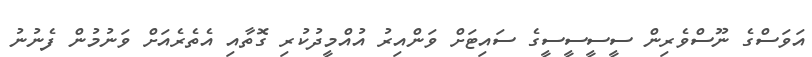
އަވަސްގެ ނޫސްވެރިން ސީސީސީސީގެ ސައިޓަށް ވަންއިރު އުއްމީދުކުރި ގޮތާއި އެތެރެއަށް ވަނުމުން ފެނުނު